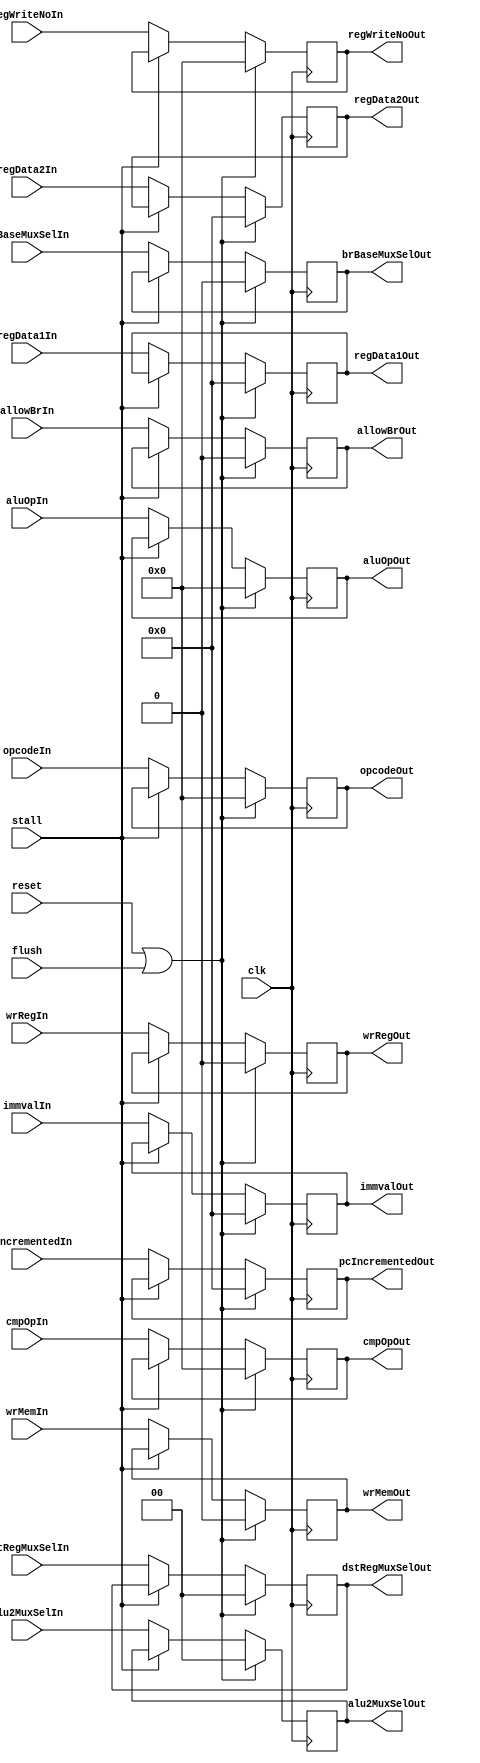
module IDLatch (clk, reset, flush, stall,
				pcIncrementedIn, regData1In, regData2In, immvalIn, regWriteNoIn, opcodeIn,
				allowBrIn, brBaseMuxSelIn, alu2MuxSelIn, aluOpIn, cmpOpIn, wrMemIn, wrRegIn, dstRegMuxSelIn,
				pcIncrementedOut, regData1Out, regData2Out, immvalOut, regWriteNoOut, opcodeOut,
				allowBrOut, brBaseMuxSelOut, alu2MuxSelOut, aluOpOut, cmpOpOut, wrMemOut, wrRegOut, dstRegMuxSelOut);
				
				
	parameter DATA_BIT_WIDTH = 32;
	parameter RESET_VALUE = 0;
	parameter Mux4bit = 2;
	
	input clk, reset, flush, stall;
	input[DATA_BIT_WIDTH - 1: 0] pcIncrementedIn;
	input[DATA_BIT_WIDTH - 1:0] regData1In, regData2In;
	input[DATA_BIT_WIDTH - 1:0] immvalIn;
	input [3:0] regWriteNoIn;
	input [3:0] opcodeIn;
	
	input allowBrIn;
	input brBaseMuxSelIn;
	input [Mux4bit-1:0] alu2MuxSelIn;
	input [3:0] aluOpIn;
    input [3:0] cmpOpIn;
	input wrMemIn;
    input wrRegIn;
    input [1:0] dstRegMuxSelIn;
		
	output reg [DATA_BIT_WIDTH - 1: 0] pcIncrementedOut;
	output reg [DATA_BIT_WIDTH - 1:0] regData1Out, regData2Out;
	output reg [DATA_BIT_WIDTH - 1:0] immvalOut;
	output reg [3:0] regWriteNoOut;
	output reg [3:0] opcodeOut;
	
	output reg allowBrOut;
	output reg brBaseMuxSelOut;
	output reg [Mux4bit-1:0] alu2MuxSelOut;
	output reg [3:0] aluOpOut;
    output reg [3:0] cmpOpOut;
	output reg wrMemOut;
    output reg wrRegOut;
    output reg [1:0] dstRegMuxSelOut;

	always @ (posedge clk) begin
	
		if(reset || flush) begin
			pcIncrementedOut <= RESET_VALUE;
			regData1Out <= RESET_VALUE;
			regData2Out <= RESET_VALUE;
			immvalOut <= RESET_VALUE;
			regWriteNoOut <= RESET_VALUE;
			allowBrOut <= RESET_VALUE; 
			brBaseMuxSelOut <= RESET_VALUE;
			alu2MuxSelOut <= RESET_VALUE;
			aluOpOut <= RESET_VALUE;
			cmpOpOut <= RESET_VALUE;
			wrMemOut <= RESET_VALUE;
			wrRegOut <= RESET_VALUE;
			dstRegMuxSelOut <= RESET_VALUE;
			opcodeOut <= RESET_VALUE;
		end 
		else if(stall) begin
			// For now, stall does nothing
		end
		else begin
			pcIncrementedOut <= pcIncrementedIn;
			regData1Out <= regData1In;
			regData2Out <= regData2In;
			immvalOut <= immvalIn;
			regWriteNoOut <= regWriteNoIn;
			allowBrOut <= allowBrIn;
			brBaseMuxSelOut <= brBaseMuxSelIn;
			alu2MuxSelOut <= alu2MuxSelIn;
			aluOpOut <= aluOpIn;
			cmpOpOut <= cmpOpIn;
			wrMemOut <= wrMemIn;
			wrRegOut <= wrRegIn;
			dstRegMuxSelOut <= dstRegMuxSelIn;
			opcodeOut <= opcodeIn;
		end
	end

endmodule